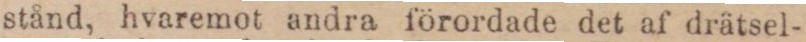
stånd, hvaremot andra förordade det af drätsel-